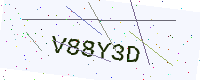
Text: V88Y3D